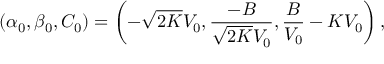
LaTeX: ( \alpha _ { 0 } , \beta _ { 0 } , C _ { 0 } ) = \left( - \sqrt { 2 K } V _ { 0 } , \frac { - B } { \sqrt { 2 K } V _ { 0 } } , \frac { B } { V _ { 0 } } - K V _ { 0 } \right) ,